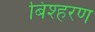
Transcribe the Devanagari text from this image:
बिश्हरण